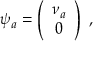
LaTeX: \psi _ { a } = \left( \begin{array} { c } { { \nu _ { a } } } \\ { { 0 } } \end{array} \right) \ ,